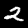
Label: 2